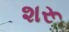
શરૂ